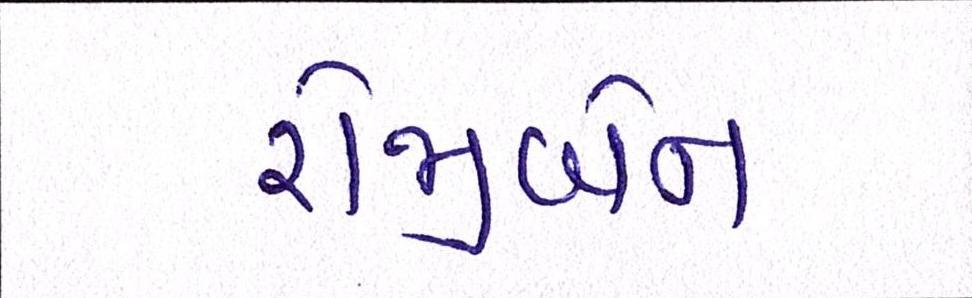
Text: રોજીબેન